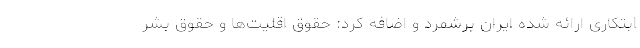
ابتکاری ارائه شده ایران برشمرد و اضافه کرد: حقوق اقلیت‌ها و حقوق بشر